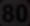
80